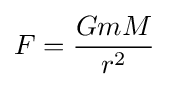
F={\frac {GmM}{r^{2}}}